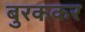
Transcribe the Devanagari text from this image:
बुरककर